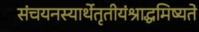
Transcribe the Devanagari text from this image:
संचयनस्यार्थेतृतीयंश्राद्धमिष्यते